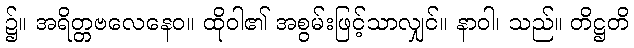
၌။ အရိတ္တဗလေနေဝ။ ထိုဝါ၏ အစွမ်းဖြင့်သာလျှင်။ နာဝါ၊ သည်။ တိဋ္ဌတိ